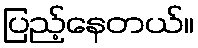
ပြည့်နေတယ်။